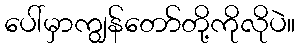
ပေါ်မှာကျွန်တော်တို့ကိုလိုပဲ။